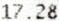
17.28